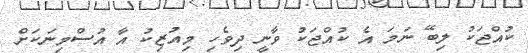
ކުއްޖަކު ލިބޭ ނަމަ އެ ކުއްޖަކު ވާނީ ދިވެހި މިއުޒިކު އާ އުސްމިނަކަށް